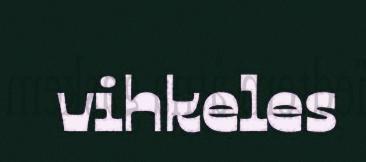
vihkeles